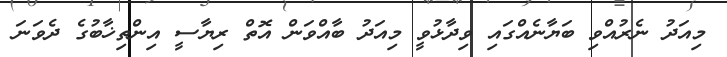
މިއަދު ނެރުއްވި ބަޔާނެއްގައި ވިދާޅުވީ މިއަދު ބާއްވަން އޮތް ރިޔާސީ އިންތިޚާބުގެ ދެވަނަ